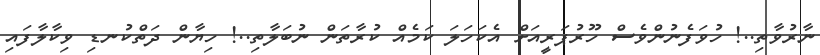
ނާރުވާތި..! ހުވަފެނުންވެސް ހޫރުޕަރީއަށް އެކަހަލަ ކަމެއް ކުރާތަން ނުބަލާތި..! ހިޔާން ދަތްކުނޑި ވިކާލާފައި